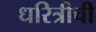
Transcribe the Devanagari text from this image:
धरित्रीची